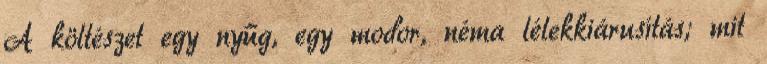
A költészet egy nyűg, egy modor, néma lélekkiárusítás; mit